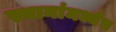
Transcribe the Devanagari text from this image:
स्थानांमध्येच